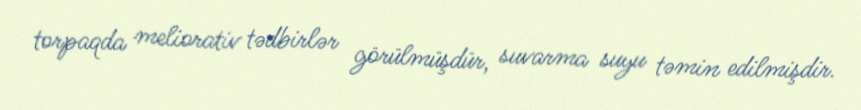
torpaqda meliorativ tədbirlər görülmüşdür, suvarma suyu təmin edilmişdir.